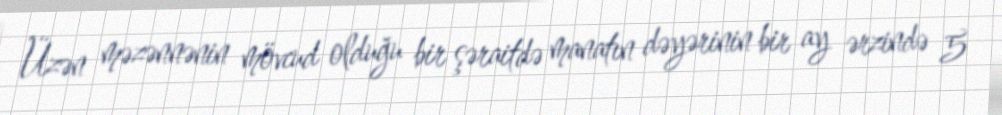
Üzən məzənnənin mövcud olduğu bir şəraitdə manatın dəyərinin bir ay ərzində 5